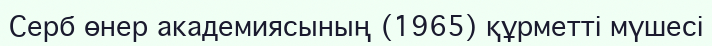
Серб өнер академиясының (1965) құрметті мүшесі